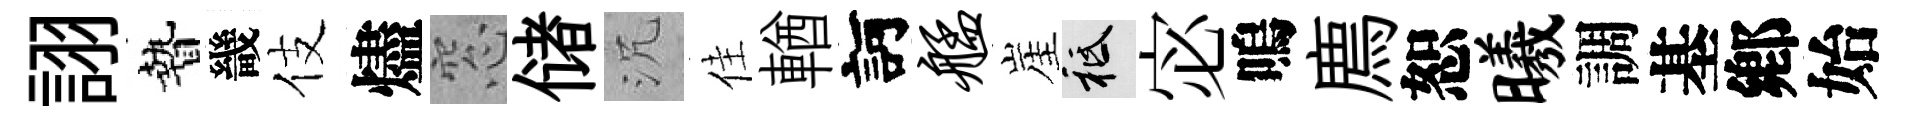
詡贄畿伎燼窓储沉佳輶訶艋崖祇宓嗚廌恕曦調基鄕始